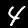
Digit: 4